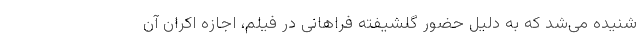
شنیده می‌شد که به دلیل حضور گلشیفته فراهانی در فیلم، اجازه اکران آن